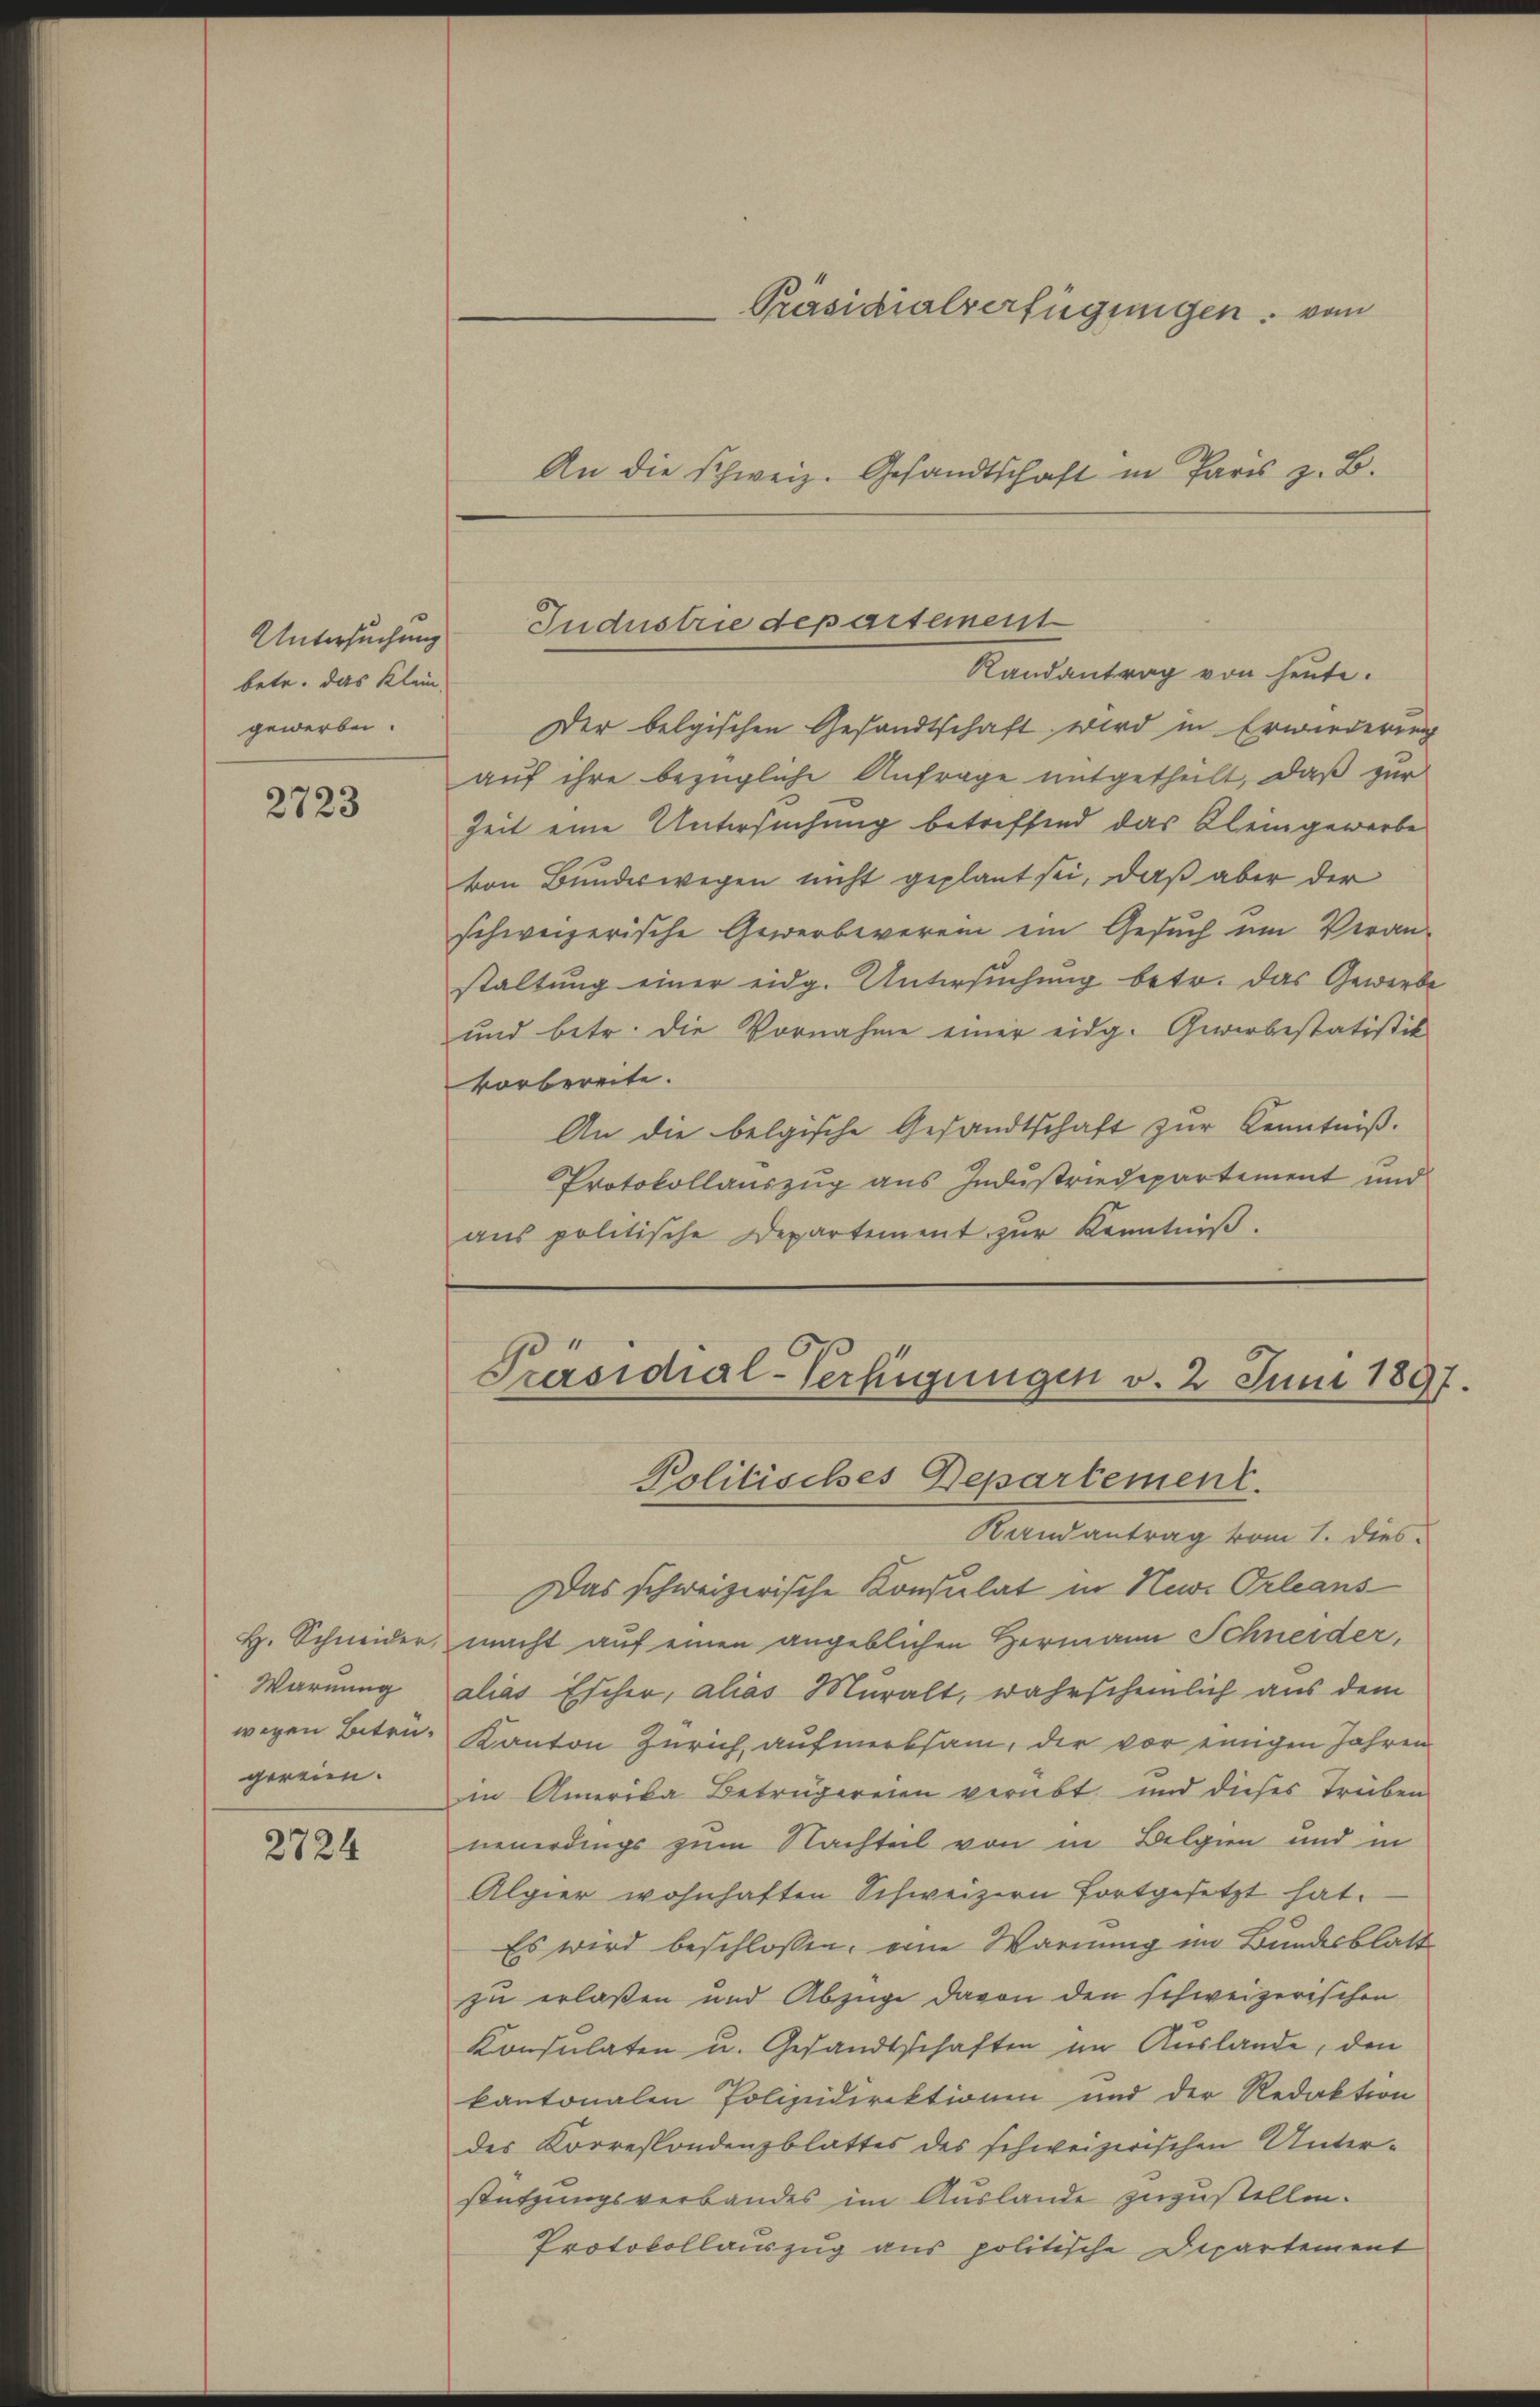
Untersuchung
betr. das Klein,
gewerben.

2723

Warnung
gereien.

2724

An die Schweiz. Gesandtschaft in Paris z. B.

Randantrag von heute.
Der belgischen Gesandtschaft wird in Erwiederung
auf ihre bezügliche Anfrage mitgetheilt, daß zur
Zeit eine Untersuchung betreffend das Kleingewerbe
von Bundeswegen nicht geplant sei, daß aber der
schweizerische Gewerbeverein ein Gesuch um Veran-
staltung einer eidg. Untersuchung betr. das Gewerbe
und betr. die Vornahme einer eidg. Gewerbestatistik
vorbereite.
An die belgische Gesandtschaft zur Kenntniß.
Protokollauszug aus Industriedepartement und
aŭs politische Departement zŭr Kenntniβ.

Industrie departemenst

Präsidialverfügungen vom

Politisches Departement.
Randantrag vom 1. dies
Das schweizerische Konsulat in New Orleans
H. Schneider, macht auf einen angeblichen Hermann Schneider,
alias Escher, alias Muralt, wahrscheinlich aus dem
wegen Betr. Kanton Zürich, aufmerksam, der vor einigen Jahren
in Amerika Betrügereien verübt und dieses Trüben
neuerdings zum Nachteil von in Belgien und in
Algier wohnhaften Schweizern fortgesetzt hat.
Es wird beschlossen, eine Warnung im Bundesblatt
zu erlaßen und Abzüge davon den schweizerischen
Konsulaten u. Gesandtschaften im Auslande, den
kantonalen Polizeidirektionen und der Redaktion
des Korrespondenzblattes des schweizerischen Unterstützungsverbandes im Auslande zuzustellen.
Protokollauszug aus politische Departement

Präsidial-Verfügungen v. 2. Juni 1897.